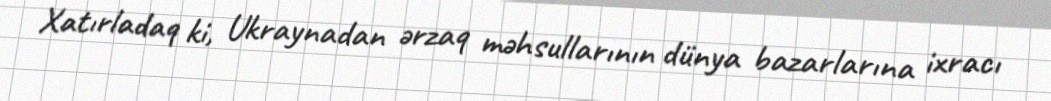
Xatırladaq ki, Ukraynadan ərzaq məhsullarının dünya bazarlarına ixracı